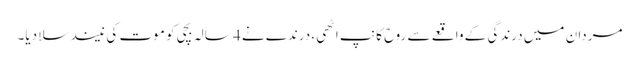
مردان میں درندگی کے واقعے سے روح کانپ اٹھی، درندے نے 4 سالہ بچی کو موت کی نیند سلا دیا۔